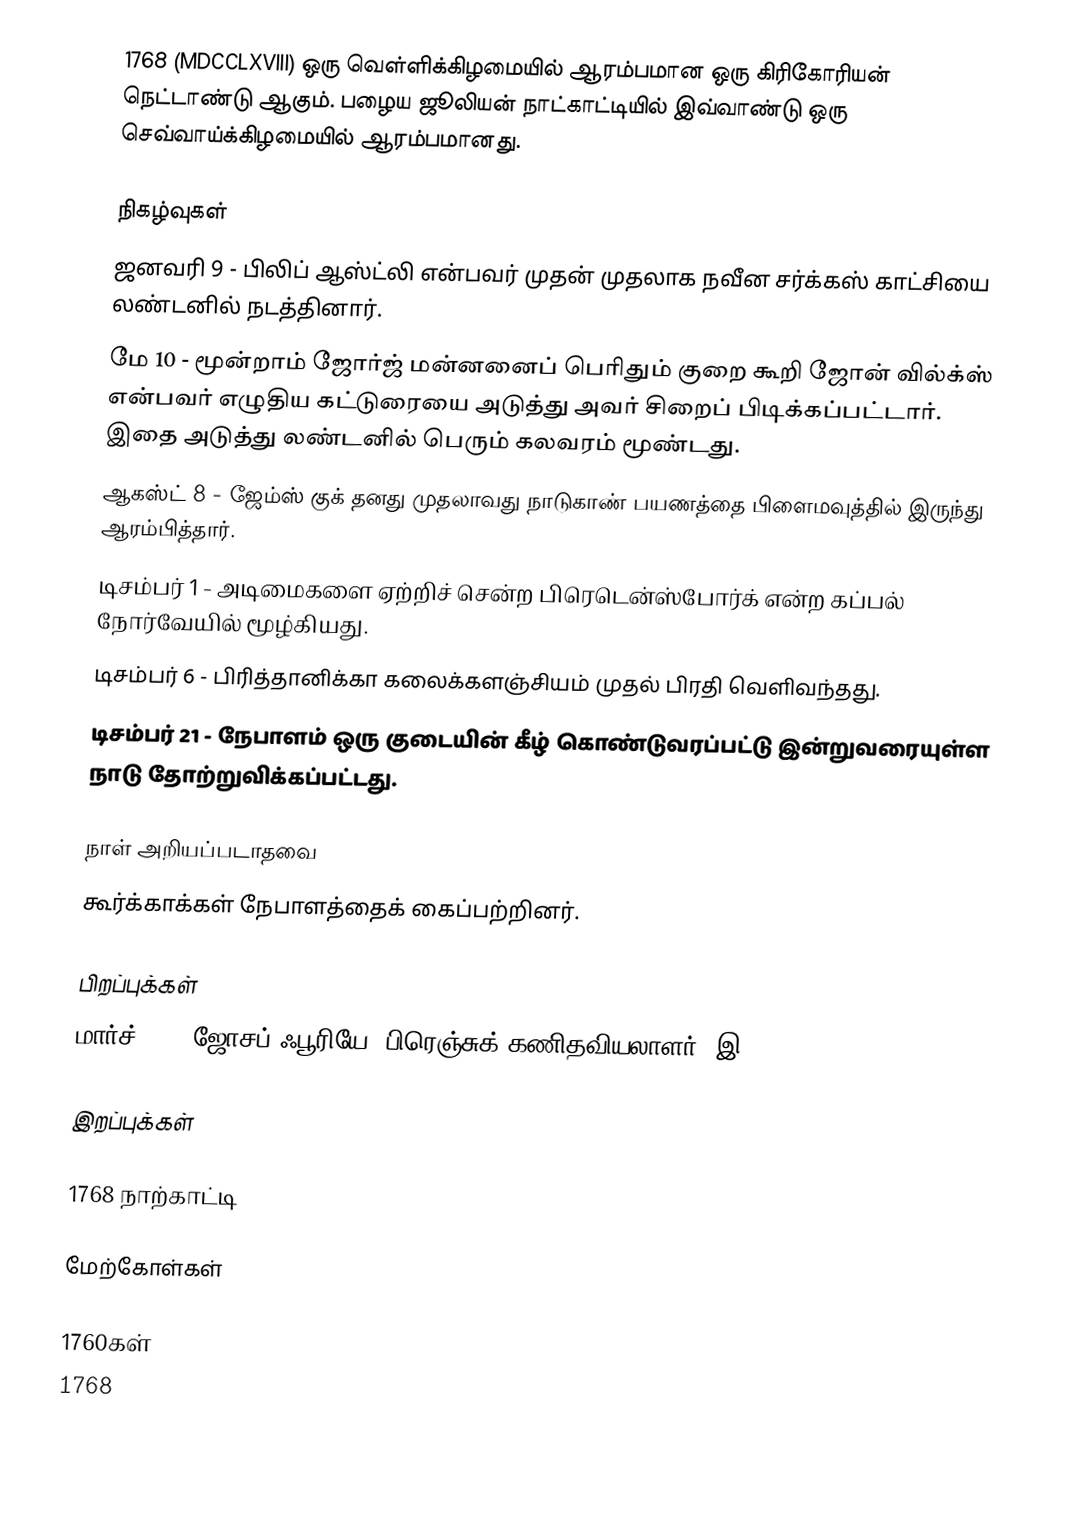
1768 (MDCCLXVIII) ஒரு வெள்ளிக்கிழமையில் ஆரம்பமான ஒரு கிரிகோரியன் நெட்டாண்டு ஆகும். பழைய ஜூலியன் நாட்காட்டியில் இவ்வாண்டு ஒரு செவ்வாய்க்கிழமையில் ஆரம்பமானது.

நிகழ்வுகள்
 ஜனவரி 9 - பிலிப் ஆஸ்ட்லி என்பவர் முதன் முதலாக நவீன சர்க்கஸ் காட்சியை லண்டனில் நடத்தினார்.
 மே 10 - மூன்றாம் ஜோர்ஜ் மன்னனைப் பெரிதும் குறை கூறி ஜோன் வில்க்ஸ் என்பவர் எழுதிய கட்டுரையை அடுத்து அவர் சிறைப் பிடிக்கப்பட்டார். இதை அடுத்து லண்டனில் பெரும் கலவரம் மூண்டது.
 ஆகஸ்ட் 8 - ஜேம்ஸ் குக் தனது முதலாவது நாடுகாண் பயணத்தை பிளைமவுத்தில் இருந்து ஆரம்பித்தார்.
 டிசம்பர் 1 - அடிமைகளை ஏற்றிச் சென்ற பிரெடென்ஸ்போர்க் என்ற கப்பல் நோர்வேயில் மூழ்கியது.
 டிசம்பர் 6 - பிரித்தானிக்கா கலைக்களஞ்சியம் முதல் பிரதி வெளிவந்தது.
 டிசம்பர் 21 - நேபாளம் ஒரு குடையின் கீழ் கொண்டுவரப்பட்டு இன்றுவரையுள்ள நாடு தோற்றுவிக்கப்பட்டது.

நாள் அறியப்படாதவை
 கூர்க்காக்கள் நேபாளத்தைக் கைப்பற்றினர்.

பிறப்புக்கள்
 மார்ச் 21 - ஜோசப் ஃபூரியே, பிரெஞ்சுக் கணிதவியலாளர் (இ. 1830)

இறப்புக்கள்

1768 நாற்காட்டி

மேற்கோள்கள்

1760கள்
1768